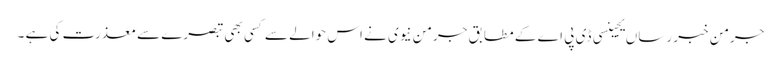
جرمن خبر رساں یجینسی ڈی پی اے کے مطابق جرمن نیوی نے اس حوالے سے کسی بھی تبصرے سے معذرت کی ہے ۔